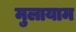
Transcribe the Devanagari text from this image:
मुलायाम